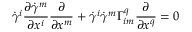
{ \dot { \gamma } } ^ { i } { \frac { \partial { \dot { \gamma } } ^ { m } } { \partial x ^ { i } } } { \frac { \partial } { \partial x ^ { m } } } + { \dot { \gamma } } ^ { i } { \dot { \gamma } } ^ { m } \Gamma _ { i m } ^ { q } { \frac { \partial } { \partial x ^ { q } } } = 0